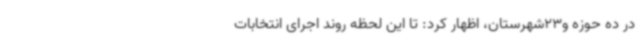
در ده حوزه و23شهرستان، اظهار کرد: تا این لحظه روند اجرای انتخابات